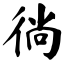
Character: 徜